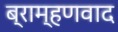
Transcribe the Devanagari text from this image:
ब्राम्हणवाद